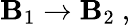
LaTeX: {\cal\mathbf{B}}_{1}\rightarrow{\cal\mathbf{B}}_{2}\ ,